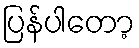
ပြန်ပါတော့